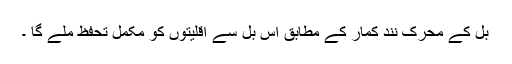
بل کے محرک نند کمار کے مطابق اس بل سے اقلیتوں کو مکمل تحفظ ملے گا ۔